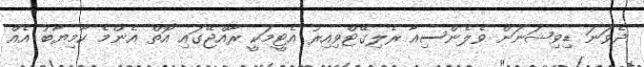
ދެވަނަ ޑިވިޝަނަށް ވެލެންސިއާ ރެލިގޭޓްވިއިރު އެޓީމަކީ ރާއްޖޭގައި އޮތް އެންމެ ކާމިޔާބު އެއް